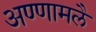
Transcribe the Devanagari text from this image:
अण्णामलै